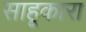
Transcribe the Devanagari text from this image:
साहूकारा